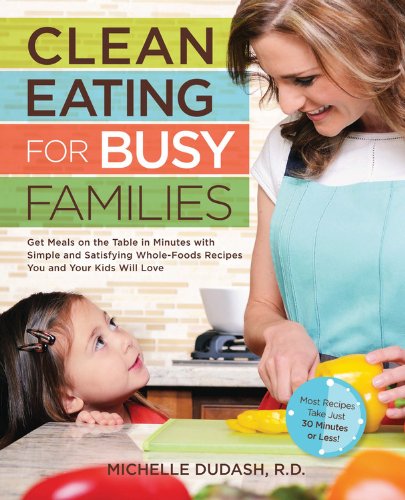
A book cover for Clean Eating for Busy Families: Get Meals on the Table in Minutes with Simple and Satisfying Whole-Foods Recipes You and Your Kids Will Love-Most Recipes Take Just 30 Minutes or Less!; Michelle Dudash; Cookbooks, Food & Wine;